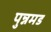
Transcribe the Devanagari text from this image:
पुन्नमड